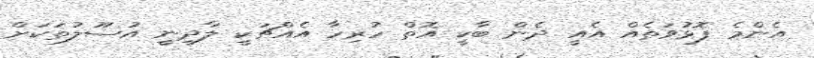
އެންމެ ފޮޅުވަތެއް އެއީ ދެން ބާކީ އޮތް ހުރިހާ އެއްޗަކީ ލާދީނީ އުސޫލުތަކަށް